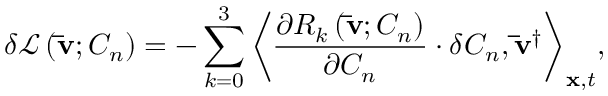
\delta { \mathcal L } \left( { { \bf { \bar { v } } } ; { C _ { n } } } \right) = - \sum _ { k = 0 } ^ { 3 } { { { \left\langle { \frac { { \partial { R _ { k } } \left( { { \bf { \bar { v } } } ; { C _ { n } } } \right) } } { { \partial { C _ { n } } } } \cdot \delta { C _ { n } } , { { { \bf { \bar { v } } } } ^ { \dag } } } \right\rangle } _ { { \bf { x } } , t } } } ,